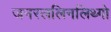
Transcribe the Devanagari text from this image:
जनरललिनलिथ्गो